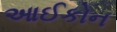
આઈકોન